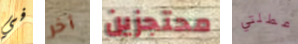
في آخر محتجزين عطلتي